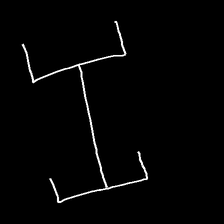
Glyph: entwine